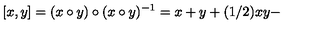
[ x , y ] = ( x \circ y ) \circ ( x \circ y ) ^ { - 1 } = x + y + ( 1 / 2 ) x y -